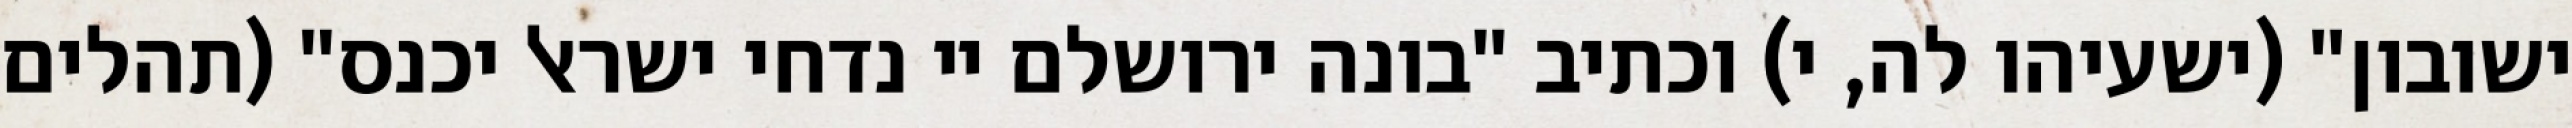
ישובון" (ישעיהו לה, י) וכתיב "בונה ירושלם יי נדחי ישראל יכנס" (תהלים